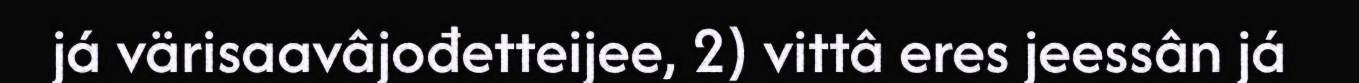
já värisaavâjođetteijee, 2) vittâ eres jeessân já